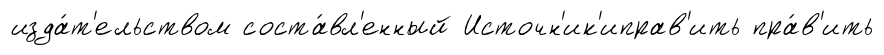
изда́т'ельством соста́вл'енный Источн'ик'иправ'ить пра́в'ить